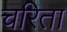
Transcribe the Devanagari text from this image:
चरिता